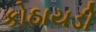
કોઠાયડી